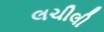
લચીલી